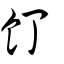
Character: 飣